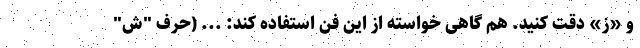
و «ز» دقت کنید. هم گاهی خواسته از این فن استفاده کند: ... (حرف "َش"